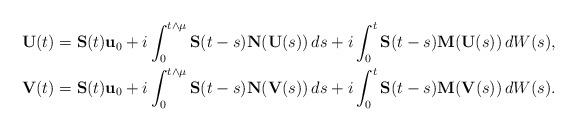
LaTeX: \begin{align*} \mathbf U(t) &= \mathbf S(t) \mathbf u_0 + i \int_0^{t \wedge \mu} \mathbf S(t-s) \mathbf N(\mathbf U(s)) \, ds + i \int_0^t \mathbf S(t-s) \mathbf M(\mathbf U(s)) \, dW(s), \\ \mathbf V(t) &= \mathbf S(t) \mathbf u_0 + i \int_0^{t \wedge \mu} \mathbf S(t-s) \mathbf N(\mathbf V(s)) \, ds + i \int_0^t \mathbf S(t-s) \mathbf M(\mathbf V(s)) \, dW(s).\end{align*}